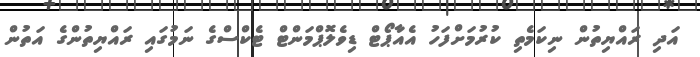
އަދި ރައްޔިތުން ނިކަމެތި ކުރުމަށްފަހު އެއާޕޯޓް ޑިވެލޮޕްމަންޓް ޓެކްސްގެ ނަމުގައި ރައްޔިތުންގެ އަތުން